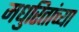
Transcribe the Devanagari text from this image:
मधुरितांच्या